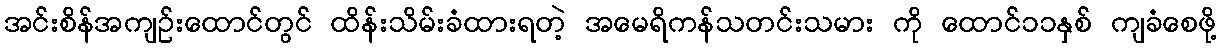
အင်းစိန်အကျဉ်းထောင်တွင် ထိန်းသိမ်းခံထားရတဲ့ အမေရိကန်သတင်းသမား ကို ထောင်၁၁နှစ် ကျခံစေဖို့